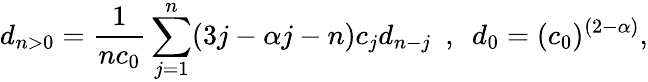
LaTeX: d_{n>0}=\frac{1}{nc_{0}}\sum_{j=1}^{n}(3j-\alpha j-n)c_{j}d_{n-j}~~,~~d_{0}=(c_{0})^{(2-\alpha)},